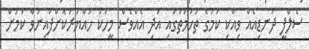
ސެލްފީ ދަނޑިއެއް ވިއްކި ކަމުގެ ތުހުމަތުގައި އަދި އެއްވެސް މީހަކު ހައްޔަރުކޮށްފައިނުވާ ކަމަށް